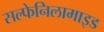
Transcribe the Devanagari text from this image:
सल्फेनिलामाइड